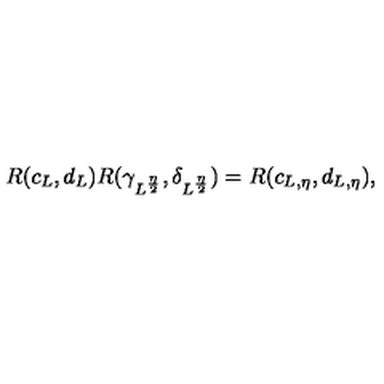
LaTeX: R ( c _ { L } , d _ { L } ) R ( \gamma _ { L ^ { \frac { \eta } { 2 } } } , \delta _ { L ^ { \frac { \eta } { 2 } } } ) = R ( c _ { L , \eta } , d _ { L , \eta } ) ,